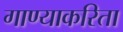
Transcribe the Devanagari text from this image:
गाण्याकरिता